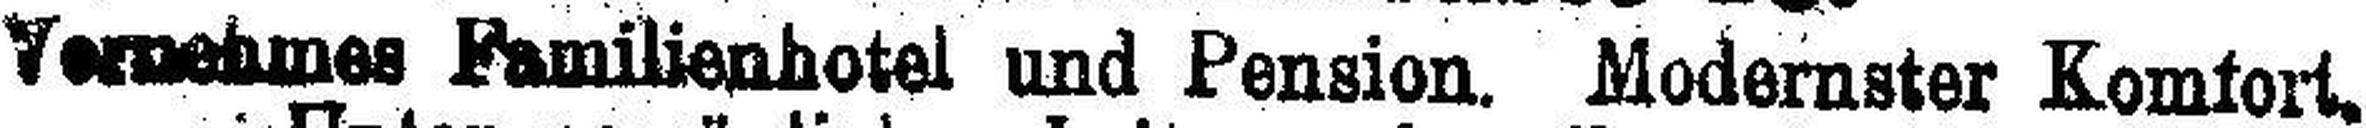
Vornehmes Familienhotel und Pension, Modernster Komfort.